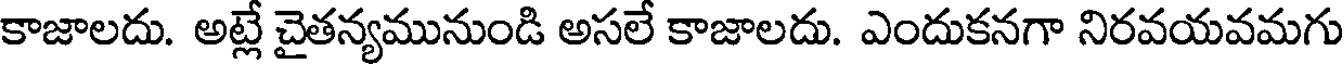
కాజాలదు. అట్లే చైతన్యమునుండి అసలే కాజాలదు. ఎందుకనగా నిరవయవమగు